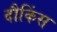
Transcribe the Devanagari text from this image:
दौकिंस